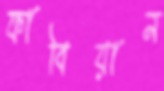
ফাবিয়ান